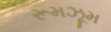
રૂમઝૂમ